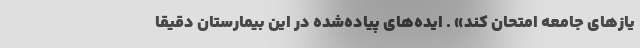
یازهای جامعه امتحان کند» . ایده‌های پیاده‌شده در این بیمارستان دقیقا